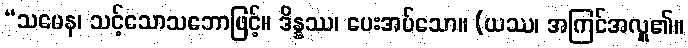
“သမေန၊ သင့်သောသဘောဖြင့်။ ဒိန္နဿ၊ ပေးအပ်သော။ (ယဿ၊ အကြင်အလှူ၏။